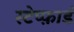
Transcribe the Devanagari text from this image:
स्टेप्फ़ार्ड